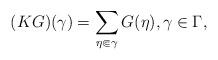
LaTeX: \begin{align*} (KG)(\gamma) = \sum_{\eta \Subset \gamma} G(\eta), \gamma \in \Gamma,\end{align*}